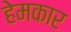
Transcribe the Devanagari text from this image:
हेमकार